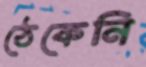
ঠেকেনি